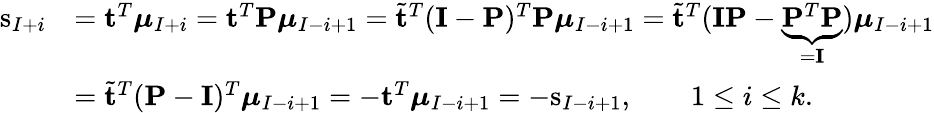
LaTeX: \begin{array}{rl}{\mathrm{s}_{I+i}}&{=\mathbf{t}^{T}\boldsymbol{\mu}_{I+i}=\mathbf{t}^{T}\mathbf{P}\boldsymbol{\mu}_{I-i+1}=\tilde{\mathbf{t}}^{T}(\mathbf{I}-\mathbf{P})^{T}\mathbf{P}\boldsymbol{\mu}_{I-i+1}=\tilde{\mathbf{t}}^{T}(\mathbf{I}\mathbf{P}-\underbrace{\mathbf{P}^{T}\mathbf{P}}_{=\mathbf{I}})\boldsymbol{\mu}_{I-i+1}}\\ &{=\tilde{\mathbf{t}}^{T}(\mathbf{P}-\mathbf{I})^{T}\boldsymbol{\mu}_{I-i+1}=-\mathbf{t}^{T}\boldsymbol{\mu}_{I-i+1}=-\mathrm{s}_{I-i+1},\qquad 1\leq i\leq k.}\end{array}